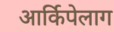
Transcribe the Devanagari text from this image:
आर्किपेलाग